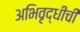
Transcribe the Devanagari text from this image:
अभिवृद्धीची